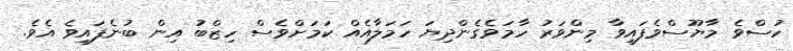
ހުސްވެ މާޔޫސްވެފައިވާ މިންވަރު ހާމަވެގެންދިޔަ ހަމަލާއެއް ކަމަށްވެސް ހިޒްބު އިން ބުނެފައިވެ އެވެ.